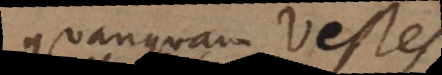
quanquam Vestes